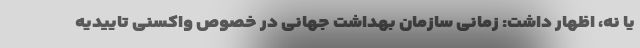
یا نه، اظهار داشت: زمانی سازمان بهداشت جهانی در خصوص واکسنی تاییدیه